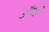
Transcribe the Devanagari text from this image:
अॅमन